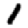
Digit: 1